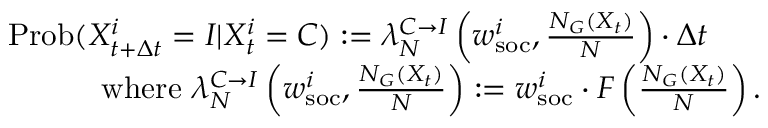
\begin{array} { r l } & { \mathrm { P r o b } ( X _ { t + \Delta t } ^ { i } = I | X _ { t } ^ { i } = C ) : = \lambda _ { N } ^ { C \rightarrow I } \left( w _ { \mathrm { s o c } } ^ { i } , \frac { N _ { G } ( X _ { t } ) } { N } \right) \cdot \Delta t } \\ & { \quad \quad \quad \mathrm { w h e r e } \, \, \lambda _ { N } ^ { C \rightarrow I } \left( w _ { \mathrm { s o c } } ^ { i } , \frac { N _ { G } ( X _ { t } ) } { N } \right) : = w _ { \mathrm { s o c } } ^ { i } \cdot F \left( \frac { N _ { G } ( X _ { t } ) } { N } \right) . } \end{array}